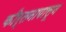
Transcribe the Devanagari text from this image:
कीर्तनापासून